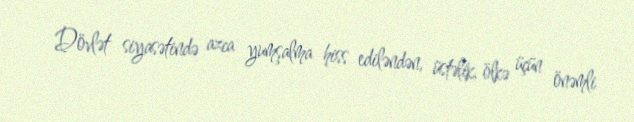
Dövlət siyasətində azca yumşalma hiss ediləndən, üstəlik, ölkə üçün önəmli